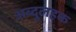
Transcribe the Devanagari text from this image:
अब्दुलहक